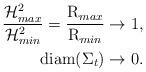
LaTeX: \begin{align*}\frac{\mathcal{H}^2_{max}}{\mathcal{H}^2_{min}}=\frac{\operatorname{R}_{max}}{\operatorname{R}_{min}}&\to 1,\\\operatorname{diam}(\Sigma_t)&\to 0.\end{align*}